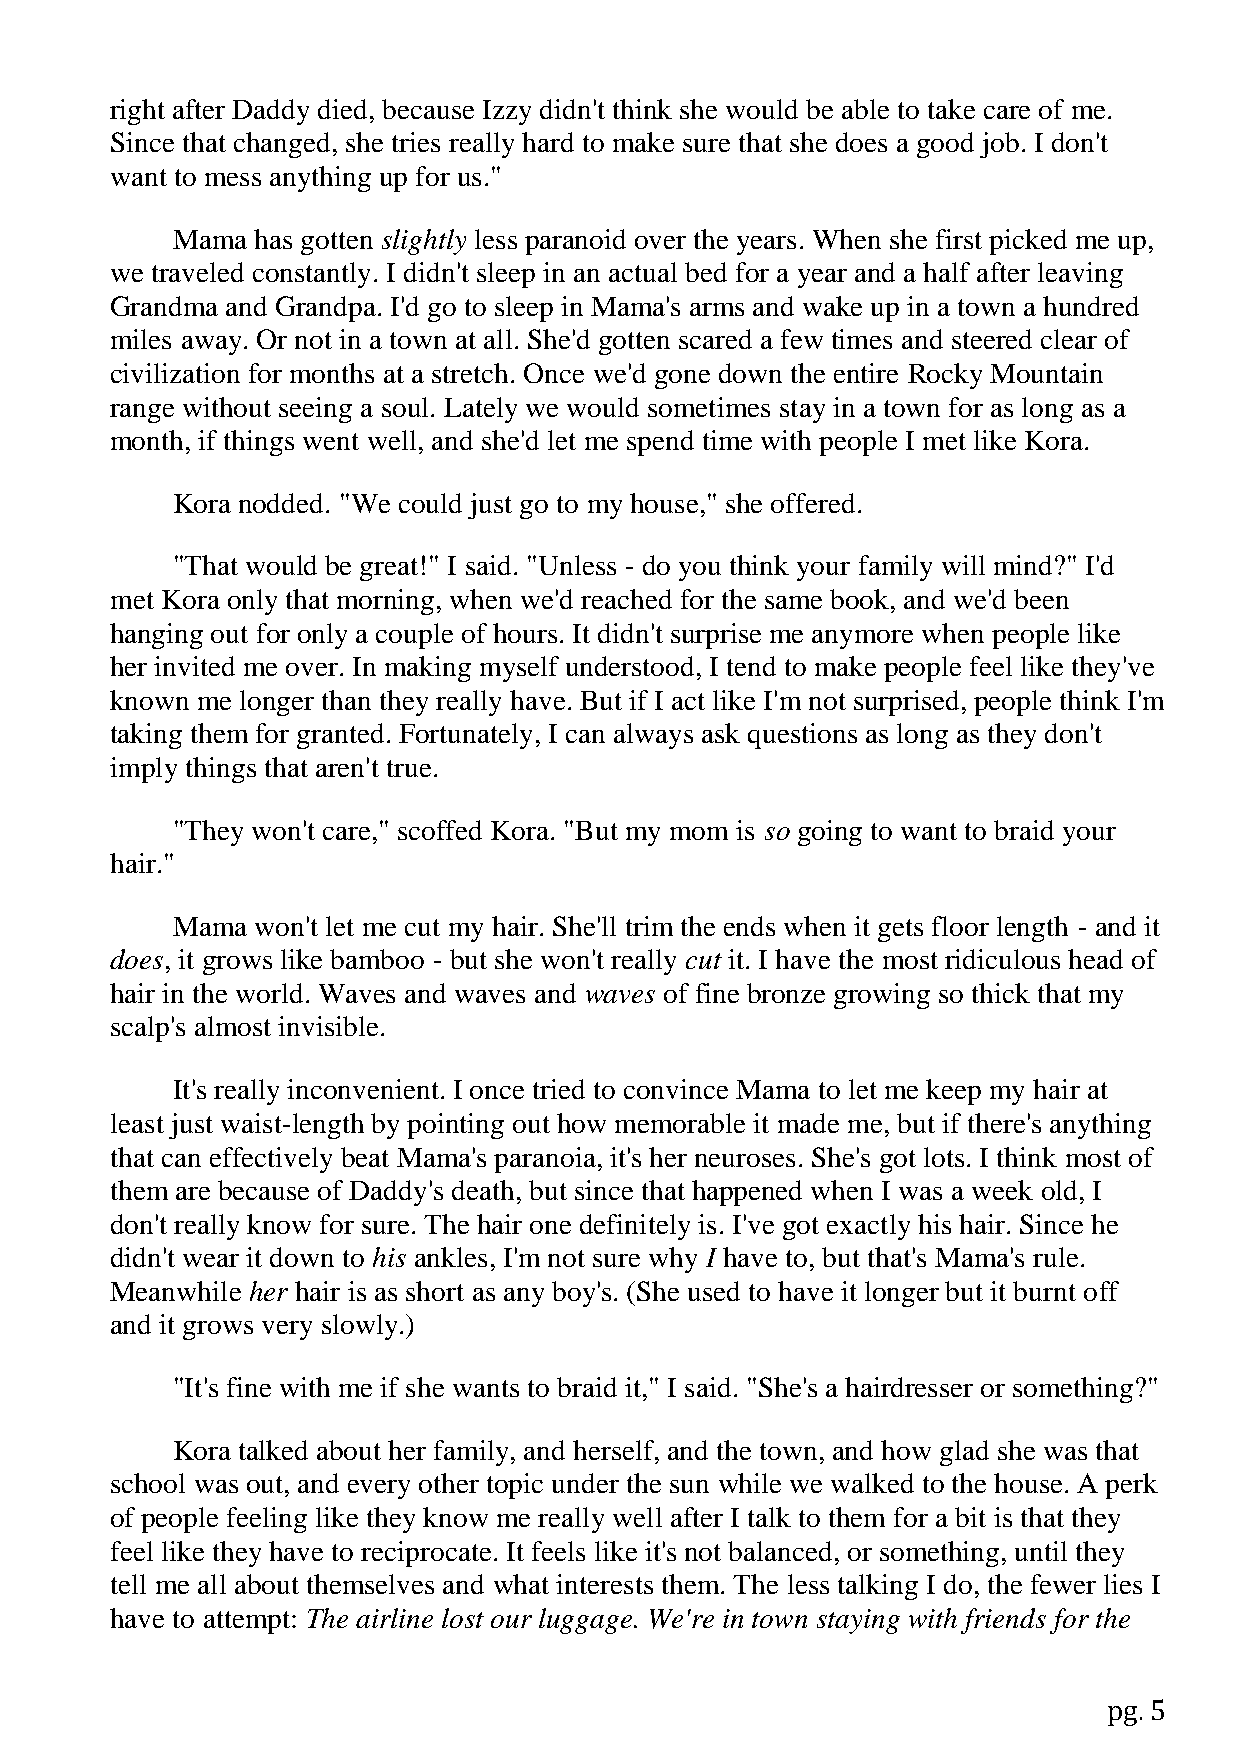
right after Daddy died, because Izzy didn't think she would be able to take care of me.
 Since that changed, she tries really hard to make sure that she does a good job. I don't
 want to mess anything up for us."
 Mama  has gotten slightly less paranoid over the years. When she first picked me up,
 we traveled constantly. I didn't sleep in an actual bed for a year and a half after leaving
 Grandma and Grandpa. I'd go to sleep in Mama's arms and wake up in a town a hundred
 miles away. Or not in a town at all. She'd gotten scared a few times and steered clear of
 civilization for months at a stretch. Once we'd gone down the entire Rocky Mountain
 range without seeing a soul. Lately we would sometimes stay in a town for as long as a
 month, if things went well, and she'd let me spend time with people I met like Kora.
 Kora nodded. "We could just go to my house," she offered.
 "That would be great!" I said. "Unless - do you think your family will mind?" I'd
 met Kora only that morning, when we'd reached for the same book, and we'd been
 hanging out for only a couple of hours. It didn't surprise me anymore when people like
 her invited me over. In making myself understood, I tend to make people feel like they've
 known me longer than they really have. But if I act like I'm not surprised, people think I'm
 taking them for granted. Fortunately, I can always ask questions as long as they don't
 imply things that aren't true.
 "They won't care," scoffed Kora. "But my mom is so going to want to braid your
 hair."
 Mama  won't let me cut my hair. She'll trim the ends when it gets floor length - and it
 does, it grows like bamboo - but she won't really cut it. I have the most ridiculous head of
 hair in the world. Waves and waves and waves of fine bronze growing so thick that my
 scalp's almost invisible.
 It's really inconvenient. I once tried to convince Mama to let me keep my hair at
 least just waist-length by pointing out how memorable it made me, but if there's anything
 that can effectively beat Mama's paranoia, it's her neuroses. She's got lots. I think most of
 them are because of Daddy's death, but since that happened when I was a week old, I
 don't really know for sure. The hair one definitely is. I've got exactly his hair. Since he
 didn't wear it down to his ankles, I'm not sure why I have to, but that's Mama's rule.
 Meanwhile her hair is as short as any boy's. (She used to have it longer but it burnt off
 and it grows very slowly.)
 "It's fine with me if she wants to braid it," I said. "She's a hairdresser or something?"
 Kora talked about her family, and herself, and the town, and how glad she was that
 school was out, and every other topic under the sun while we walked to the house. A perk
 of people feeling like they know me really well after I talk to them for a bit is that they
 feel like they have to reciprocate. It feels like it's not balanced, or something, until they
 tell me all about themselves and what interests them. The less talking I do, the fewer lies I
 have to attempt: The airline lost our luggage. We're in town staying with friends for the
 pg. 5